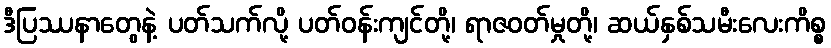
ဒီပြဿနာတွေနဲ့ ပတ်သက်လို့ ပတ်ဝန်းကျင်တို့၊ ရာဇဝတ်မှုတို့၊ ဆယ်နှစ်သမီးလေးကိစ္စ